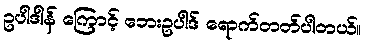
ဥပါဒါန် ကြောင့် ဘေးဥပါဒ် ရောက်တတ်ပါတယ်။